Report on vaccination in Madras 1904-1921 - 1904-1921
Year: 1904
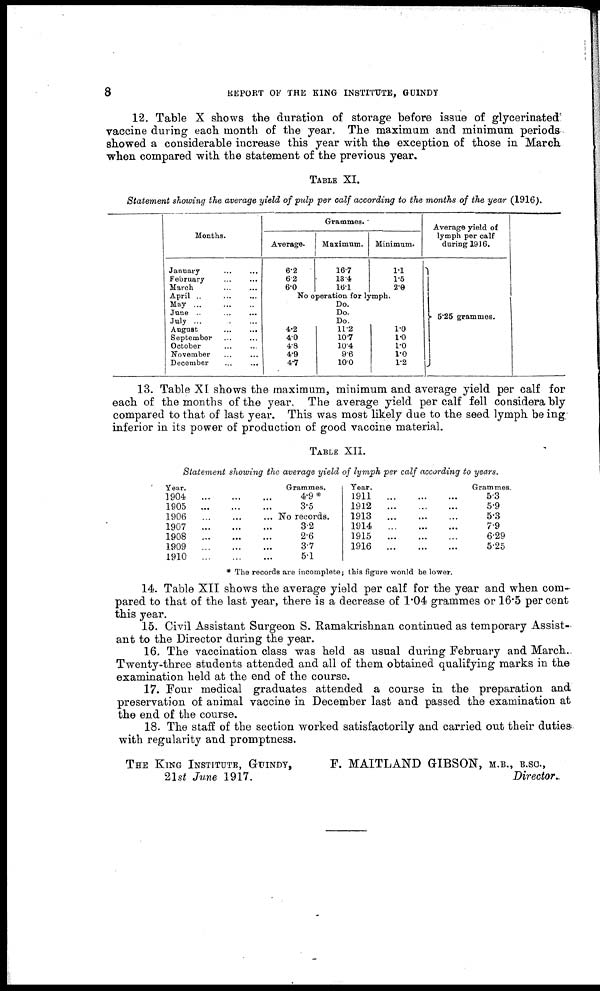
8
REPORT OF THE KING INSTITUTE, GUINDY
12. Table X shows the duration of storage before issue of glycerinated
vaccine during each month of the year. The maximum and minimum periods
showed a considerable increase this year with the exception of those in March
when compared with the statement of the previous year.
TABLE XI.
Statement showing the average yield of pulp per calf according to the months of the year (1916).
Months.
January ... ...
February ... ...
March ... ...
April ... ... ...
May ... ...
...
June ... ...
...
July ... ... ...
August
...
...
September
...
...
October ... ...
November ... ...
December ... ...
Grammes.
Average.
6.2
6.2
6.0
Maximum.
16.7
13.4
16.1
Minimum.
1.1
1.5
2.0
No operation for lymph.
Do.
Do.
Do.
4.2
4.0
4.8
4.9
4.7
11.2
10.7
10.4
9.6
10.0
1.0
1.0
1.0
1.0
1.2
Average yield of
lymph per calf
during 1916.
5.25 grammes.
13. Table XI shows the maximum, minimum and average yield per calf for
each of the months of the year. The average yield per calf fell considerably
compared to that of last year. This was most likely due to the seed lymph being
inferior in its power of production of good vaccine material.
TABLE XII.
Statement showing the average yield of lymph per calf according to years.
Year.
1904
...
...
...
1905
...
...
...
1906
...
...
...
1907
...
...
...
1908
...
...
...
1909
...
...
...
1910
...
...
...
Grammes.
4.9*
3.5
No records.
3.2
2.6
3.7
5.1
Year.
1911
...
...
...
1912
...
...
...
1913
...
...
...
1914
...
...
...
1915
...
...
...
1916
...
...
...
Grammes.
5.3
5.9
5.3
7.9
6.29
5.25
* The records are incomplete; this figure would be lower.
14. Table XII shows the average yield per calf for the year and when com-
pared to that of the last year, there is a decrease of 1.04 grammes or 16.5 per cent
this year.
15. Civil Assistant Surgeon S. Ramakrishnan continued as temporary Assist-
ant to the Director during the year.
16. The vaccination class was held as usual during February and March..
Twenty-three students attended and all of them obtained qualifying marks in the
examination held at the end of the course.
17. Four medical graduates attended a course in the preparation and
preservation of animal vaccine in December last and passed the examination at
the end of the course.
18. The staff of the section worked satisfactorily and carried out their duties
with regularity and promptness.
THE KING INSTITUTE, GUINDY,
21st June 1917.
F. MAITLAND GIBSON, M.B., B.SC.,
Director.